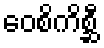
ဝေစိကိစ္ဆီ